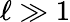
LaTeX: \ell\gg 1